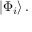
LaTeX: \left| \Phi _ { i } \right\rangle .